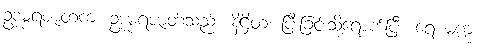
ဥဒုမ္ဗရဇာတကံ၊ ဥဒုမ္ဗရဇာတ်သည်။ နိဋ္ဌိတံ၊ ပြီးခြင်းသို့ရောက်ပြီ။ ရေ မက္က၊